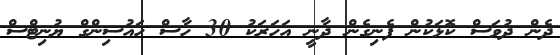
ދެން ދުވަސް ކޮޅަކުން ފެނިގެން ދާނީ އަހަރަކު 30 ހާސް ހައުސިންގް ޔުނިޓްސް